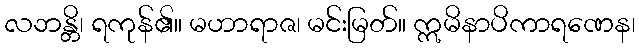
လဘန္တိ၊ ရကုန်၏။ မဟာရာဇ၊ မင်းမြတ်။ ဣမိနာပိကာရဏေန၊